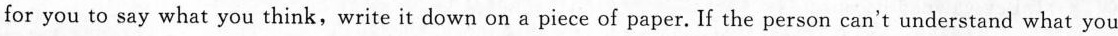
for you to say what you think,write it down on a piece of paper. If the person can't understand what you